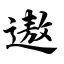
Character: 遨